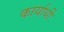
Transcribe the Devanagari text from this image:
कार्यार्थी